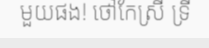
មួយផង! ថៅកែស្រី ទ្រី